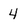
Character: 4